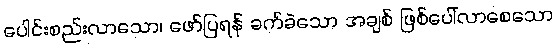
ပေါင်းစည်းလာသော၊ ဖော်ပြရန် ခက်ခဲသော အချစ် ဖြစ်ပေါ်လာစေသော